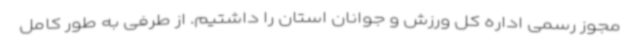
مجوز رسمی اداره کل ورزش و جوانان استان را داشتیم. از طرفی به طور کامل